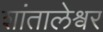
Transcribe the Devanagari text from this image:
शांतालेश्वर